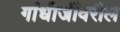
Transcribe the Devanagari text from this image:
गांधीजींवरील